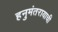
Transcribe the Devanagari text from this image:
हनुमंतरायाची